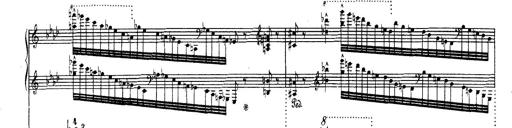
Title: Variationen Ã¼ber das Motiv von Bach
Composer: Franz Liszt